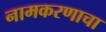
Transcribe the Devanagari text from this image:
नामकरणाचा